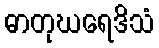
ဓာတုဃရေဒိသံ